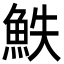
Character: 䱃